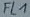
Text: FL1